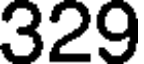
329